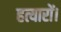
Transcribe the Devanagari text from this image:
हत्यारों।